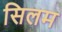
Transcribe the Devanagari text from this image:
सिलम